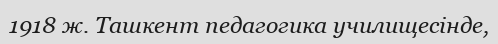
1918 ж. Ташкент педагогика училищесінде,